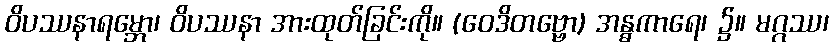
ဝိပဿနာရမ္ဘော၊ ဝိပဿနာ အားထုတ်ခြင်းကို။ (ဝေဒိတဗ္ဗော) အန္ဓကာရေ၊ ၌။ မဂ္ဂဿ၊